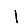
Digit: 1